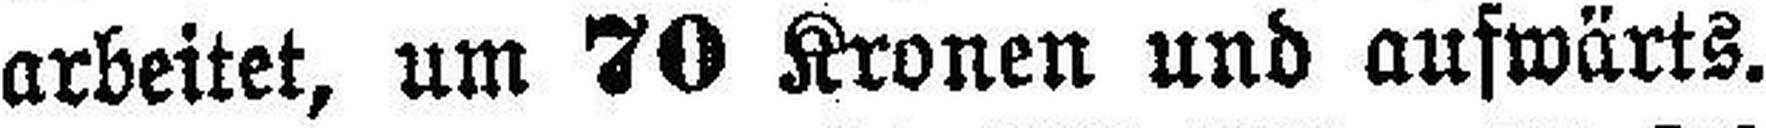
arbeitet, um 70 Kronen und aufwärts.